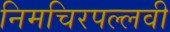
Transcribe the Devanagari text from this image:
निमचिरपल्लवी